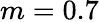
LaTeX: m=0.7